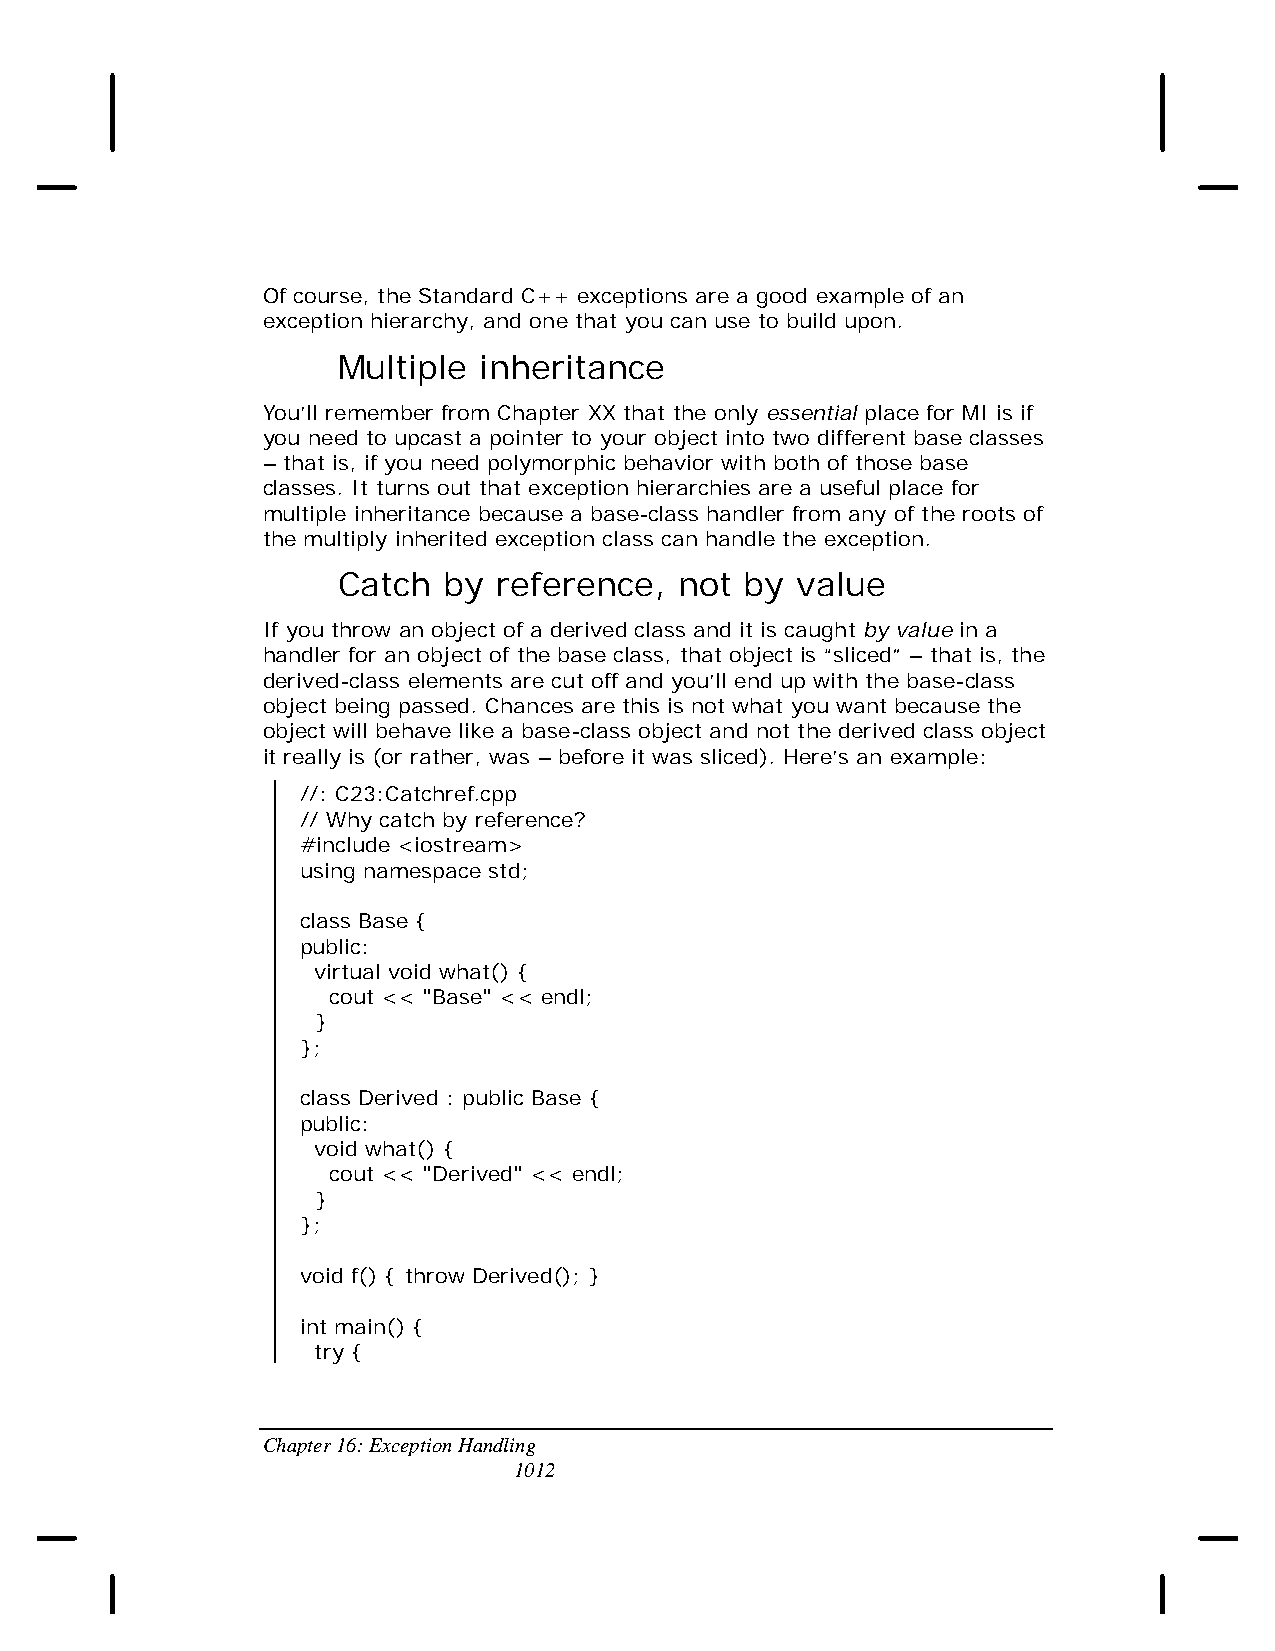
Of course, the Standard C++ exceptions are a good example of an
 exception hierarchy, and one that you can use to build upon.
 Multiple  inheritance
 You’ll remember from Chapter XX that the only essential place for MI is if
 you need to upcast a pointer to your object into two different base classes
 – that is, if you need polymorphic behavior with both of those base
 classes. It turns out that exception hierarchies are a useful place for
 multiple inheritance because a base-class handler from any of the roots of
 the multiply inherited exception class can handle the exception.
 Catch  by  reference,  not by  value
 If you throw an object of a derived class and it is caught by value in a
 handler for an object of the base class, that object is “sliced” – that is, the
 derived-class elements are cut off and you’ll end up with the base-class
 object being passed. Chances are this is not what you want because the
 object will behave like a base-class object and not the derived class object
 it really is (or rather, was – before it was sliced). Here’s an example:
 //: C23:Catchref.cpp
 // Why catch by reference?
 #include <iostream>
 using namespace std;
 class Base {
 public:
 virtual void what() {
 cout << "Base" << endl;
 }
 };
 class Derived : public Base {
 public:
 void what() {
 cout << "Derived" << endl;
 }
 };
 void f() { throw Derived(); }
 int main() {
 try {
 Chapter 16: Exception Handling
 1012